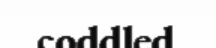
coddled